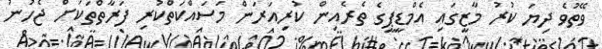
ވޭތުވެ ދިޔަ ކުރު މާޒީގައި އެމްޑީޕީގެ ތެރެއިން ކުރިއަރަން މަސައްކަތްކުރި ފަރާތްތަކަށް ޖެހުނު